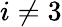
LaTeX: i\neq 3